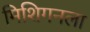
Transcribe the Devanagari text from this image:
मिशिगनला